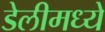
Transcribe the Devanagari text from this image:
डेलीमध्ये